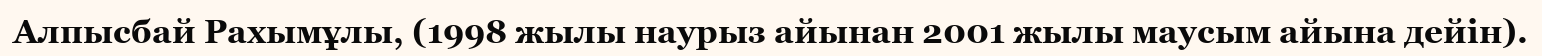
Алпысбай Рахымұлы, (1998 жылы наурыз айынан 2001 жылы маусым айына дейін).